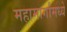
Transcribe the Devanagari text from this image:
महामार्गांमध्ये